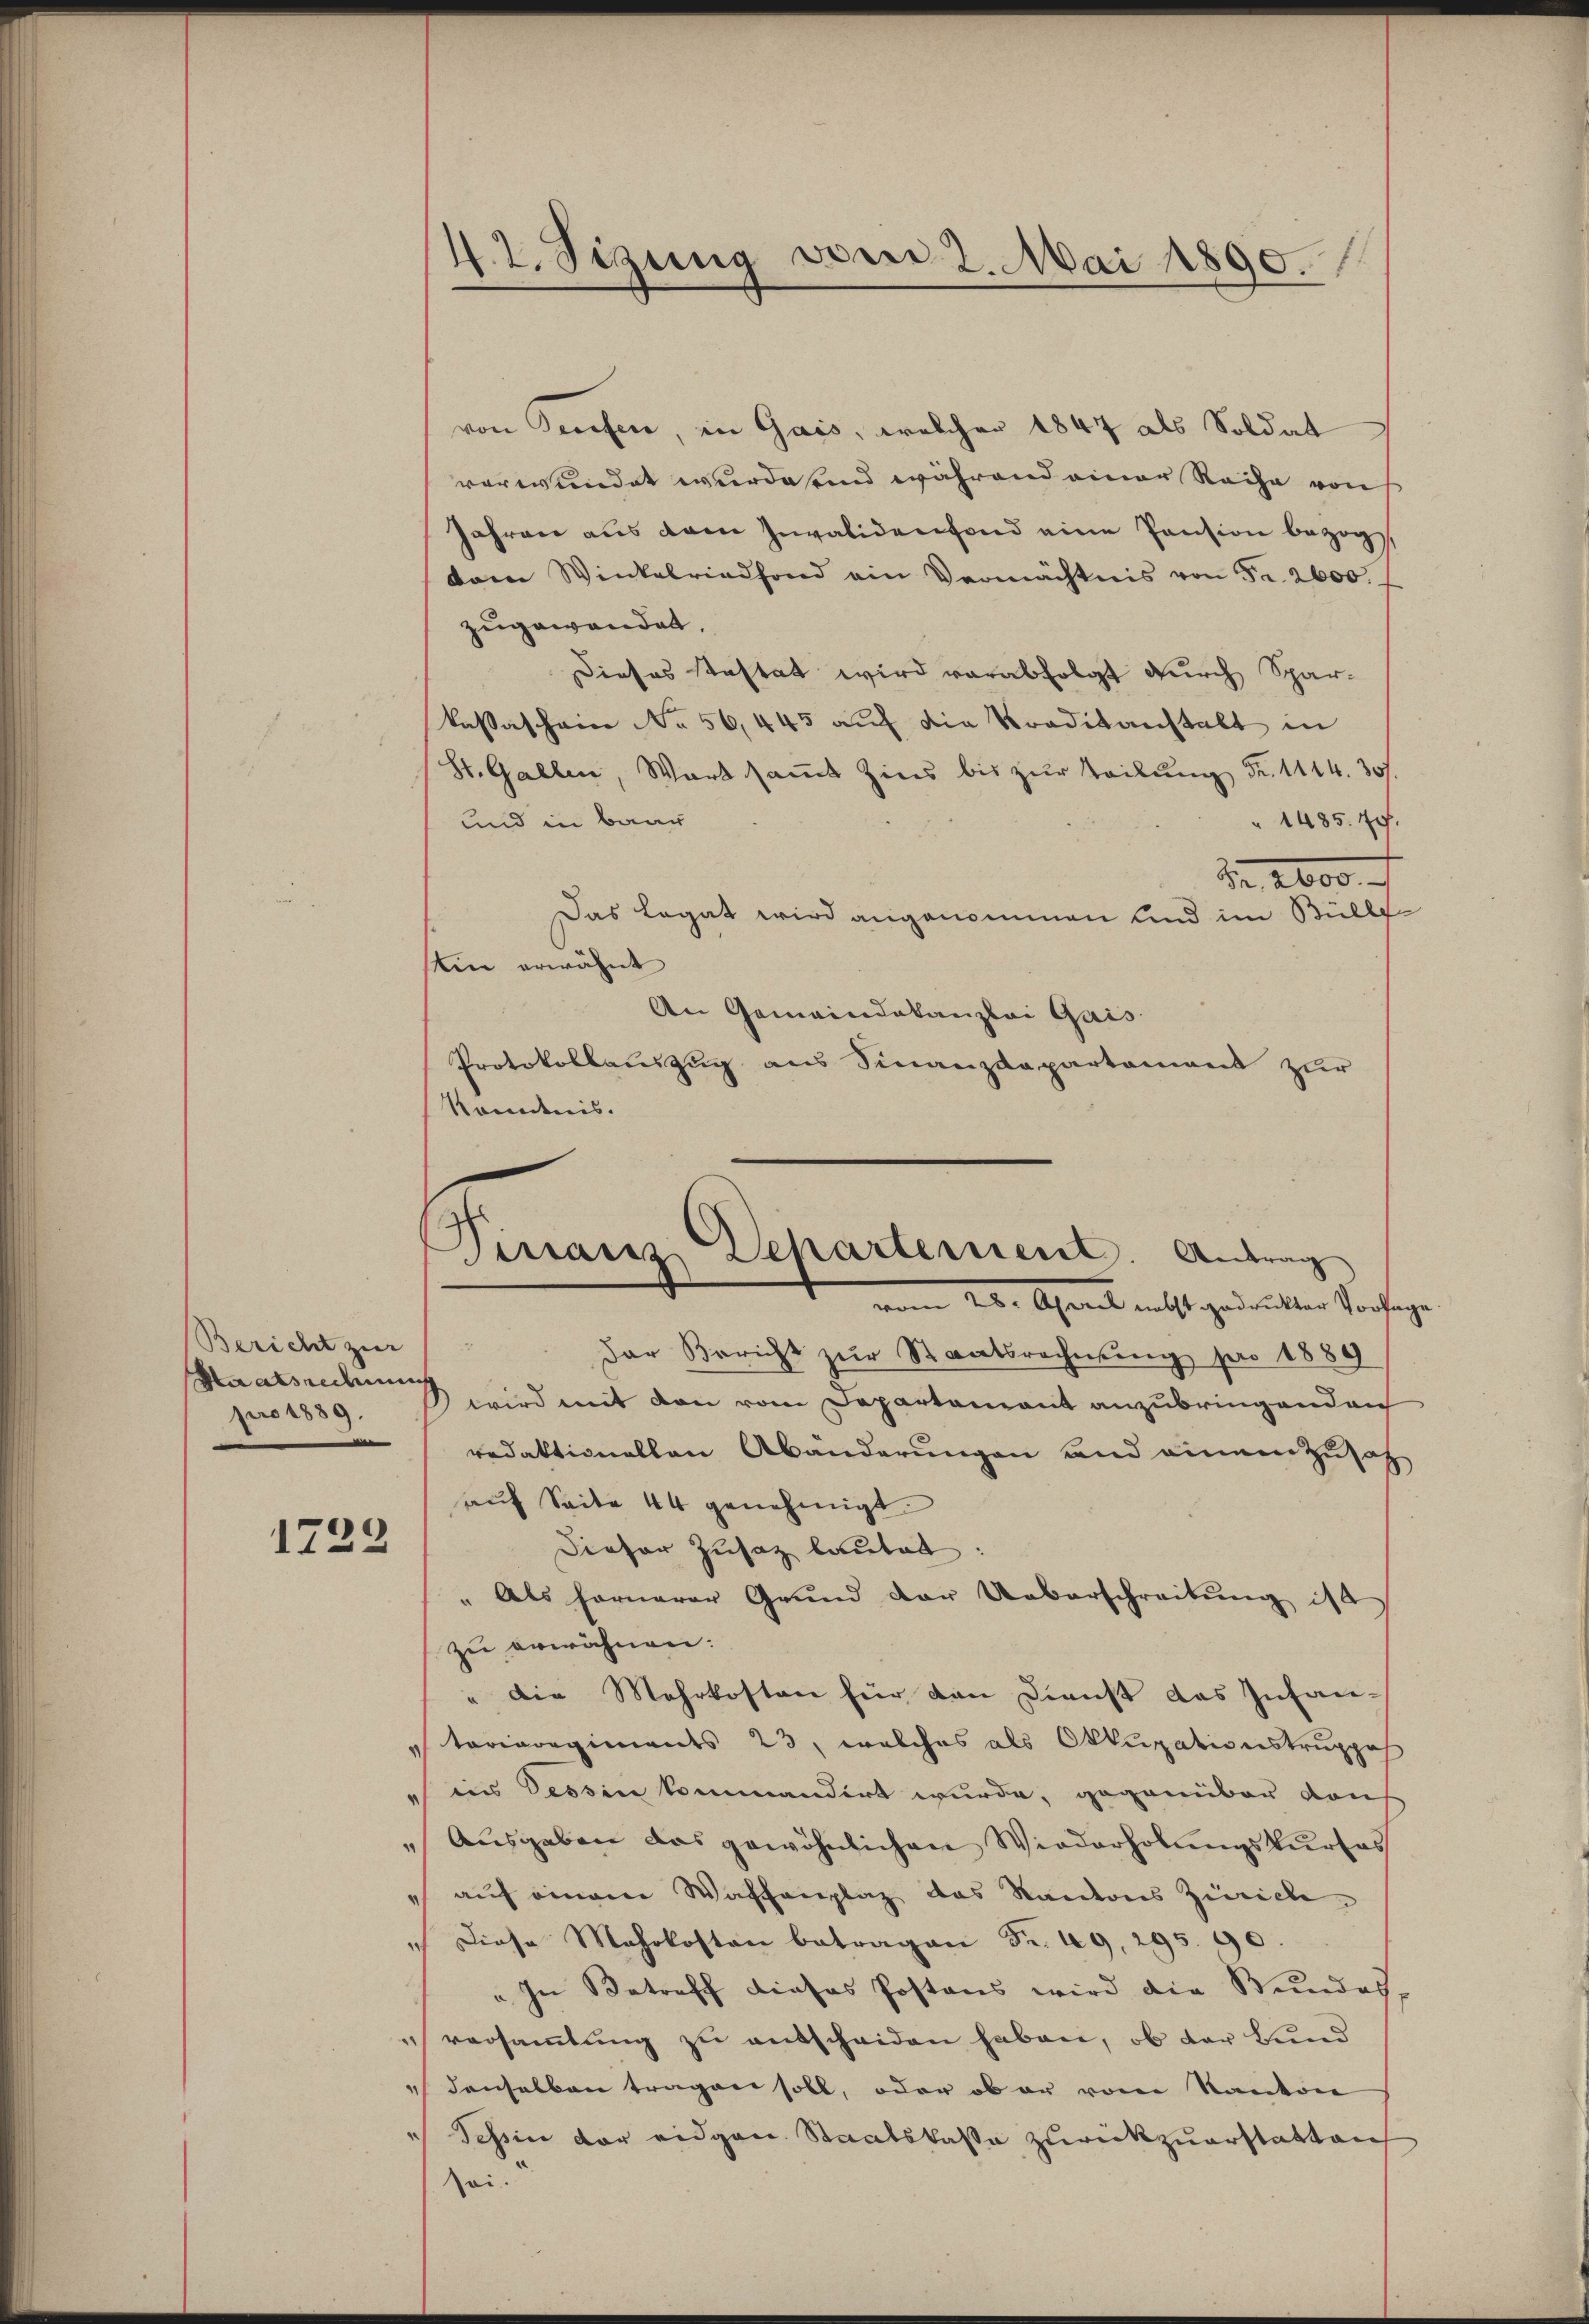
Bericht zur
Staatsredenens
pro 1889.

1723

42. Sizung vom 2. Mai 1890.

von Briefen, in Gais, welcher 1847 als Soldat
verwundet wurde und während einer Reihe von
Jahren aus dem Invalidenfond eine Pension bezog
kam Winkelriedhond ein Vermächtnis von Fr. 2600.
zugewandet,
Dieses testat wird verabfolgt durch Sparkaßaschein No 56, 445 auf die Traditanstalt in
St. Gallen, Wart samt Zins bis zur Teilung Fr. 1114. 307.
1485. 70.
und in baar
Fr. 2000
Das Legat wird angenommen und im Bülle
Ein erwähnt
An Gemeindekanzlei Gais
Protokollauszug aus Finanzdepartament zur
Konntnis.
Der Bericht zur Staatsrechnung pro 1889
wird mit den vom Departement anzubringenden
redaktionellen Abänderungen und einen Zusatz
auf Seite 44 genehmigt.
Dieser Zusatz lautet.
" Als fernerer Grund der Ueberschreibŭng ist
zu erwähnen. |
" die Mehrkosten für den Dienst das Infantorieregiments 23, welches als Okkupationstruppe
ins Tessin kommandirt wurde, gegenüber Kauf
Ausgaben das gewöhnlichen Wiederholungskurses
auf einem Waffenplaz das Kantons Zürich
Diese Mehrkosten betragen Fr. 49, 295. 90.
" In Betreff dieses Postens wird die Stundes-
 versammlung zu entscheiden haben, ob der Lund
" denselben tragen soll, oder ob er von Kanton
" Schin der eidgen. Staatskasse zurückzuerstatten
sei.

Finanz Departement. Antrag
20. April nebst gedruckter Vorsage